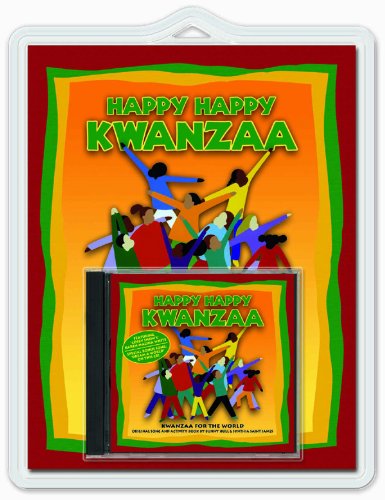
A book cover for Happy Happy Kwanzaa (Kids Creative Classics); Bunny Hull; Children's Books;